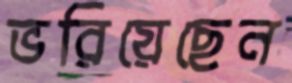
ভরিয়েছেন